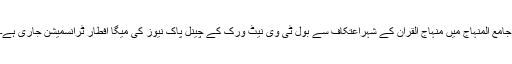
جامع المنہاج میں منہاج القرآن کے شہراعتکاف سے بول ٹی وی نیٹ ورک کے چینل پاک نیوز کی میگا افطار ٹرانسمیشن جاری ہے۔